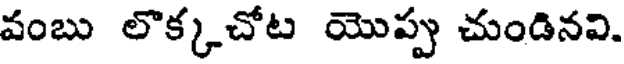
వంబు లొక్కచోట యొప్పు చుండినవి.